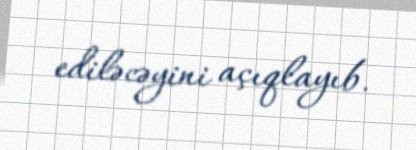
ediləcəyini açıqlayıb.